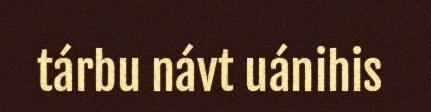
tárbu návt uánihis